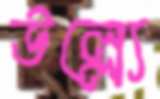
উল্ল্যে